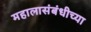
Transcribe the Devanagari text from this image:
महालासंबंधीच्या